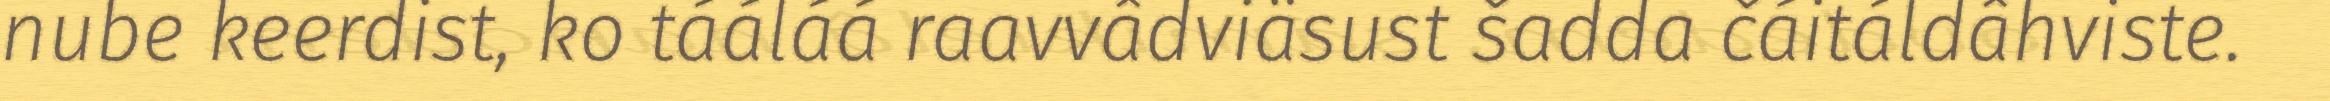
nube keerdist, ko tááláá raavvâdviäsust šadda čáitáldâhviste.